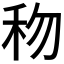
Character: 𥝤